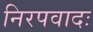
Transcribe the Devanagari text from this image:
निरपवादः